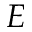
E Ḍ